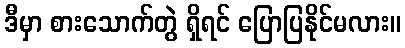
ဒီမှာ စားသောက်တွဲ ရှိရင် ပြောပြနိုင်မလား။